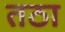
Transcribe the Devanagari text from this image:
तठा